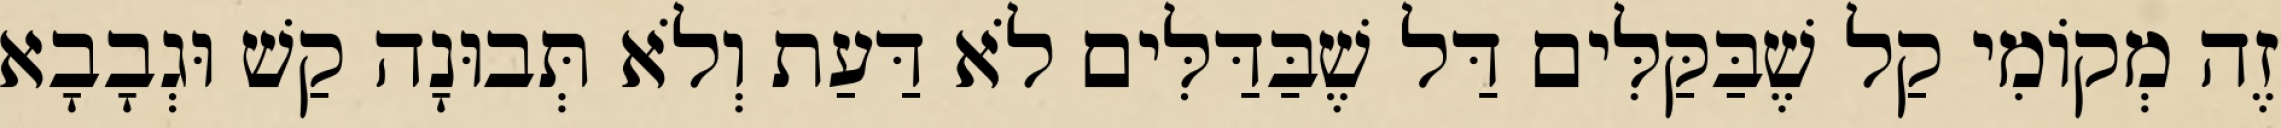
זֶה מְקוֹמִי קַל שֶׁבַּקַּלִּים דַּל שֶׁבַּדַּלִּים לֹא דַּעַת וְלֹא תְּבוּנָה קַשׁ וּגְבָבָא